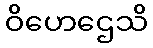
ဝိဟေဌေသိ